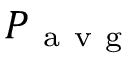
P _ { \mathrm { ~ a ~ v ~ g ~ } }